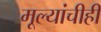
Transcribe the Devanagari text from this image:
मूल्यांचीही